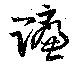
賺